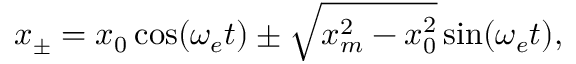
x _ { \pm } = x _ { 0 } \cos ( \omega _ { e } t ) \pm \sqrt { x _ { m } ^ { 2 } - x _ { 0 } ^ { 2 } } \sin ( \omega _ { e } t ) ,